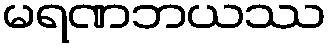
မရဏဘယဿ